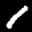
Label: 1